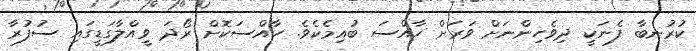
ކުރުނބާ ފެނަކީ ދިވެހިންނަށް ވަރަށް ހާއްސަ ބުއިމެކެވެ. ހާއްސަކޮށް ރޯދަ ވީއްލާގަޑީގައި ސުފުރާ